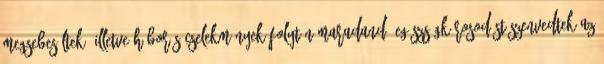
megsebesültek, illetve háborús cselekmények folytán maradandó egészségkárosodást szenvedtek az